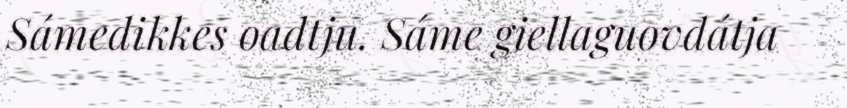
Sámedikkes oadtju. Sáme giellaguovdátja